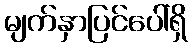
မျက်နှာပြင်ပေါ်ရှိ